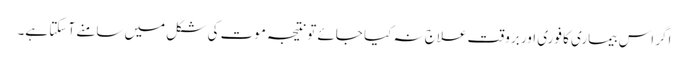
اگر اس بیماری کا فوری اور بروقت علاج نہ کیا جائے تونتیجہ موت کی شکل میں سامنے آ سکتا ہے۔